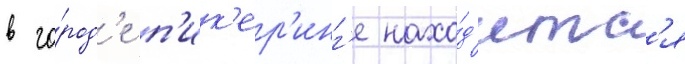
в го́род'е п'ик'ер'инг'е нахо́д'итс'я